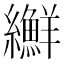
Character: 𦇫